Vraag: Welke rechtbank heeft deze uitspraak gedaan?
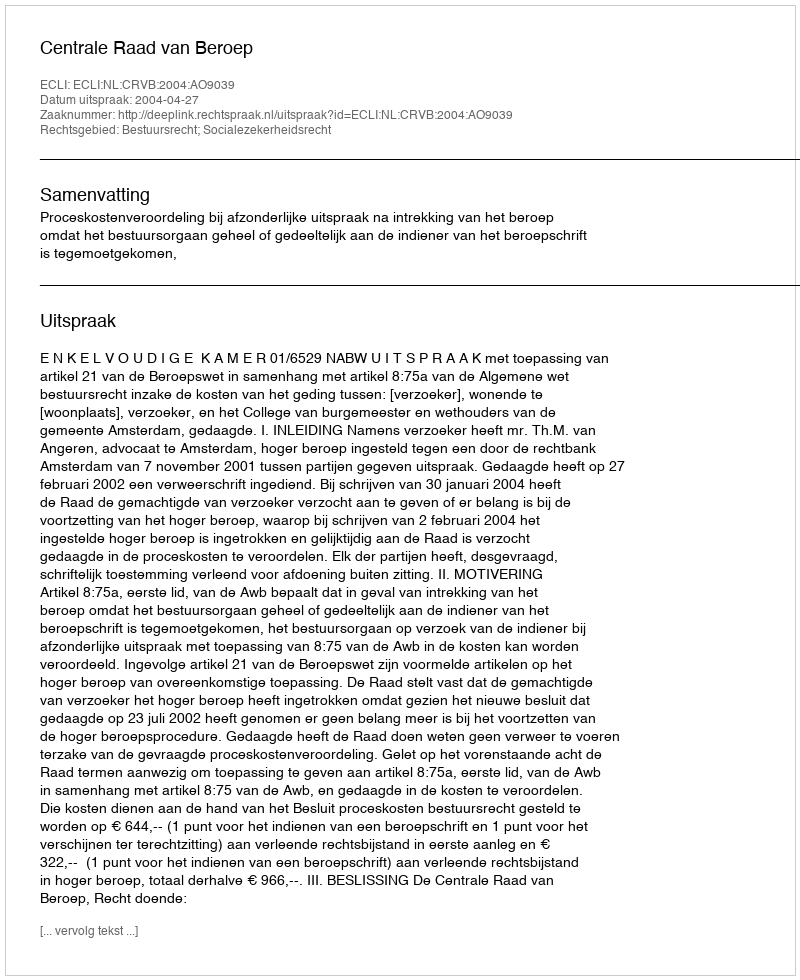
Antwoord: Centrale Raad van Beroep